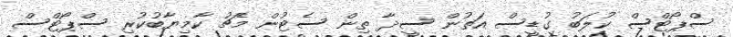
ސްޕޯޓްސް ކުލަބު ގުޑީސް އަތުން ސީދާ ތިން ސެޓުން މެޗު ކާމިޔާބުކުރި ސްޕޯޓްސް